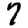
Digit: 7